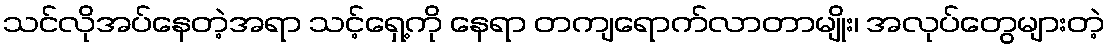
သင်လိုအပ်နေတဲ့အရာ သင့်ရှေ့ကို နေရာ တကျရောက်လာတာမျိုး၊ အလုပ်တွေများတဲ့